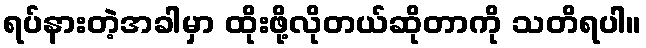
ရပ်နားတဲ့အခါမှာ ထိုးဖို့လိုတယ်ဆိုတာကို သတိရပါ။